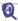
Text: Q